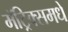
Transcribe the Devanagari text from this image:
मॅट्रिक्समधे